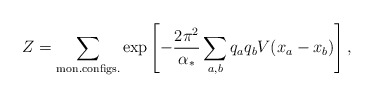
\begin{align*}Z=\sum_{{\rm mon. configs.}}\exp\left[ -\frac{2\pi^2}{\alpha_*}\sum_{a,b}q_a q_bV(x_a-x_b)\right] ,\end{align*}